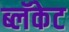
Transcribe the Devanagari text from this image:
ब्लॅकेट